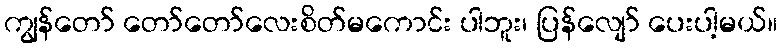
ကျွန်တော် တော်တော်လေးစိတ်မကောင်း ပါဘူး၊ ပြန်လျော် ပေးပါ့မယ်။